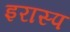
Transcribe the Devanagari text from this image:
इरास्प